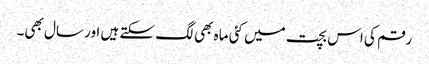
رقم کی اس بچت میں کئی ماہ بھی لگ سکتے ہیں اور سال بھی۔